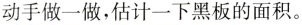
动手做一做，估计一下黑板的面积。